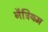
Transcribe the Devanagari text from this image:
नैट्रियम